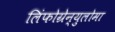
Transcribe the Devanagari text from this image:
लिंफोग्रेन्युलोमा